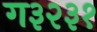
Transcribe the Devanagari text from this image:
ग३२३१